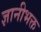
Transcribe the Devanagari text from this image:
ज्ञानीभक्त